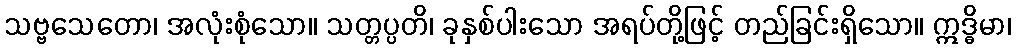
သဗ္ဗသေတော၊ အလုံးစုံသော။ သတ္တပ္ပတိ၊ ခုနှစ်ပါးသော အရပ်တို့ဖြင့် တည်ခြင်းရှိသော။ ဣဒ္ဓိမာ၊